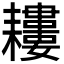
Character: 𦔪